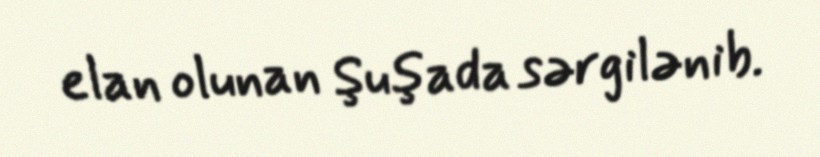
elan olunan Şuşada sərgilənib.